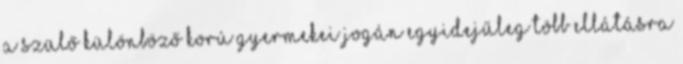
a szülő különböző korú gyermekei jogán egyidejűleg több ellátásra